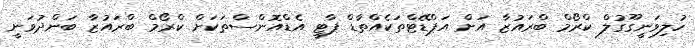
ހުލިވަނީގޫގުލް ކްރޯމް ބްރައުޒާ އަށް އަޕްޑޭޓްތަކެއްތާޑް ޕާޓީ އެޑްއޮންސްތަކަށް ކްރޯމް ބްރައުޒާ ބަންދުވަނީ